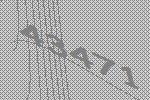
43471